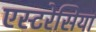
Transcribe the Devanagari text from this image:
एस्टरेसिया